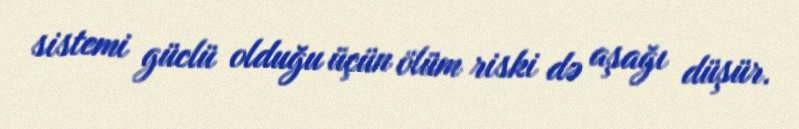
sistemi güclü olduğu üçün ölüm riski də aşağı düşür.